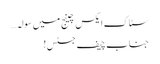
سٹاک ایکس چینج میں سولہ…
جناب چیف جسٹس!